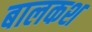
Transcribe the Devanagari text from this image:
बालकश